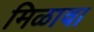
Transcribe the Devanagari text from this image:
मिळावा